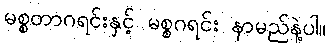
မစ္စတာဂရင်းနှင့် မစ္စဂရင်း နာမည်နဲ့ပါ။